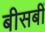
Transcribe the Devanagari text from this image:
बीसबीं